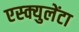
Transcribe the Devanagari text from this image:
एस्क्युलेंटा